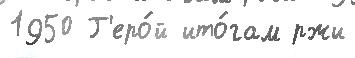
1950 Г'еро́й ито́гам ржи